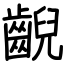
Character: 齯